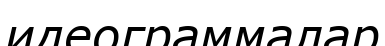
идеограммалар